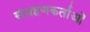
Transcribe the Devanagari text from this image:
संग्रहणकर्ताओं